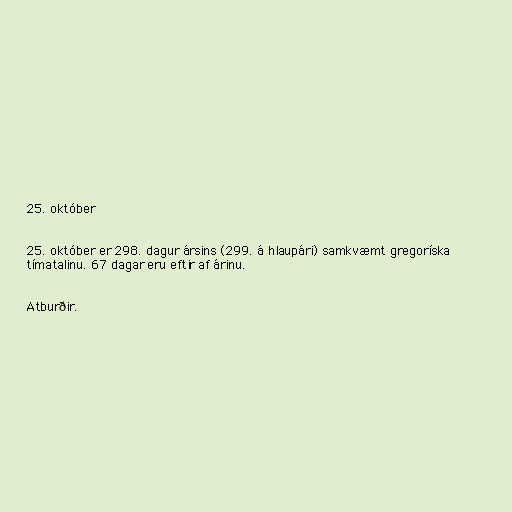
25. október

25. október er 298. dagur ársins (299. á hlaupári) samkvæmt gregoríska
tímatalinu. 67 dagar eru eftir af árinu.

Atburðir.